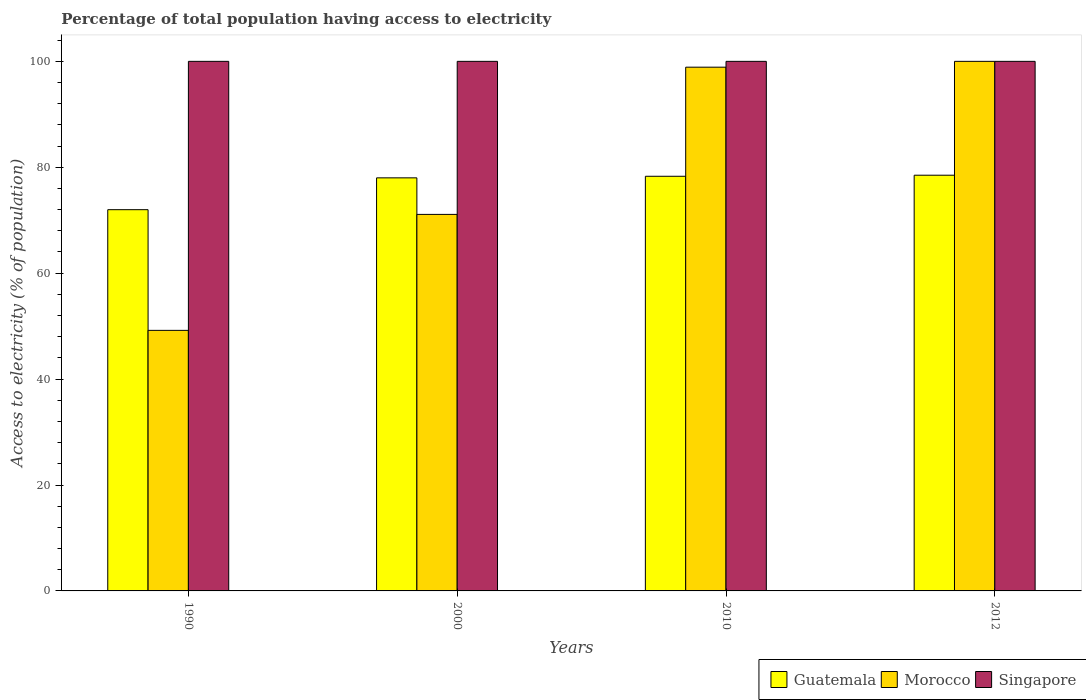
| Years | Guatemala | Morocco | Singapore |
 | --- | --- | --- | --- |
 | 1990 | 72 | 49.2 | 100 |
 | 2000 | 78 | 71.1 | 100 |
 | 2010 | 78.3 | 98.9 | 100 |
 | 2012 | 78.5 | 100 | 100 |